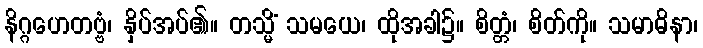
နိဂ္ဂဟေတဗ္ဗံ၊ နှိပ်အပ်၏။ တသ္မိံ သမယေ၊ ထိုအခါ၌။ စိတ္တံ၊ စိတ်ကို။ သမာဓိနာ၊